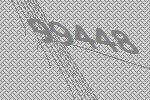
99448